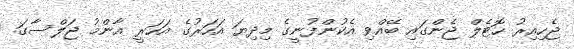
ޖެހިއިރު ހޮޓެލް ޖެންގައި ބޭއްވި އެކުންފުނީގެ މިދިޔަ އަހަރުގެ އަހަރީ އާންމު ޖަލްސާގަ